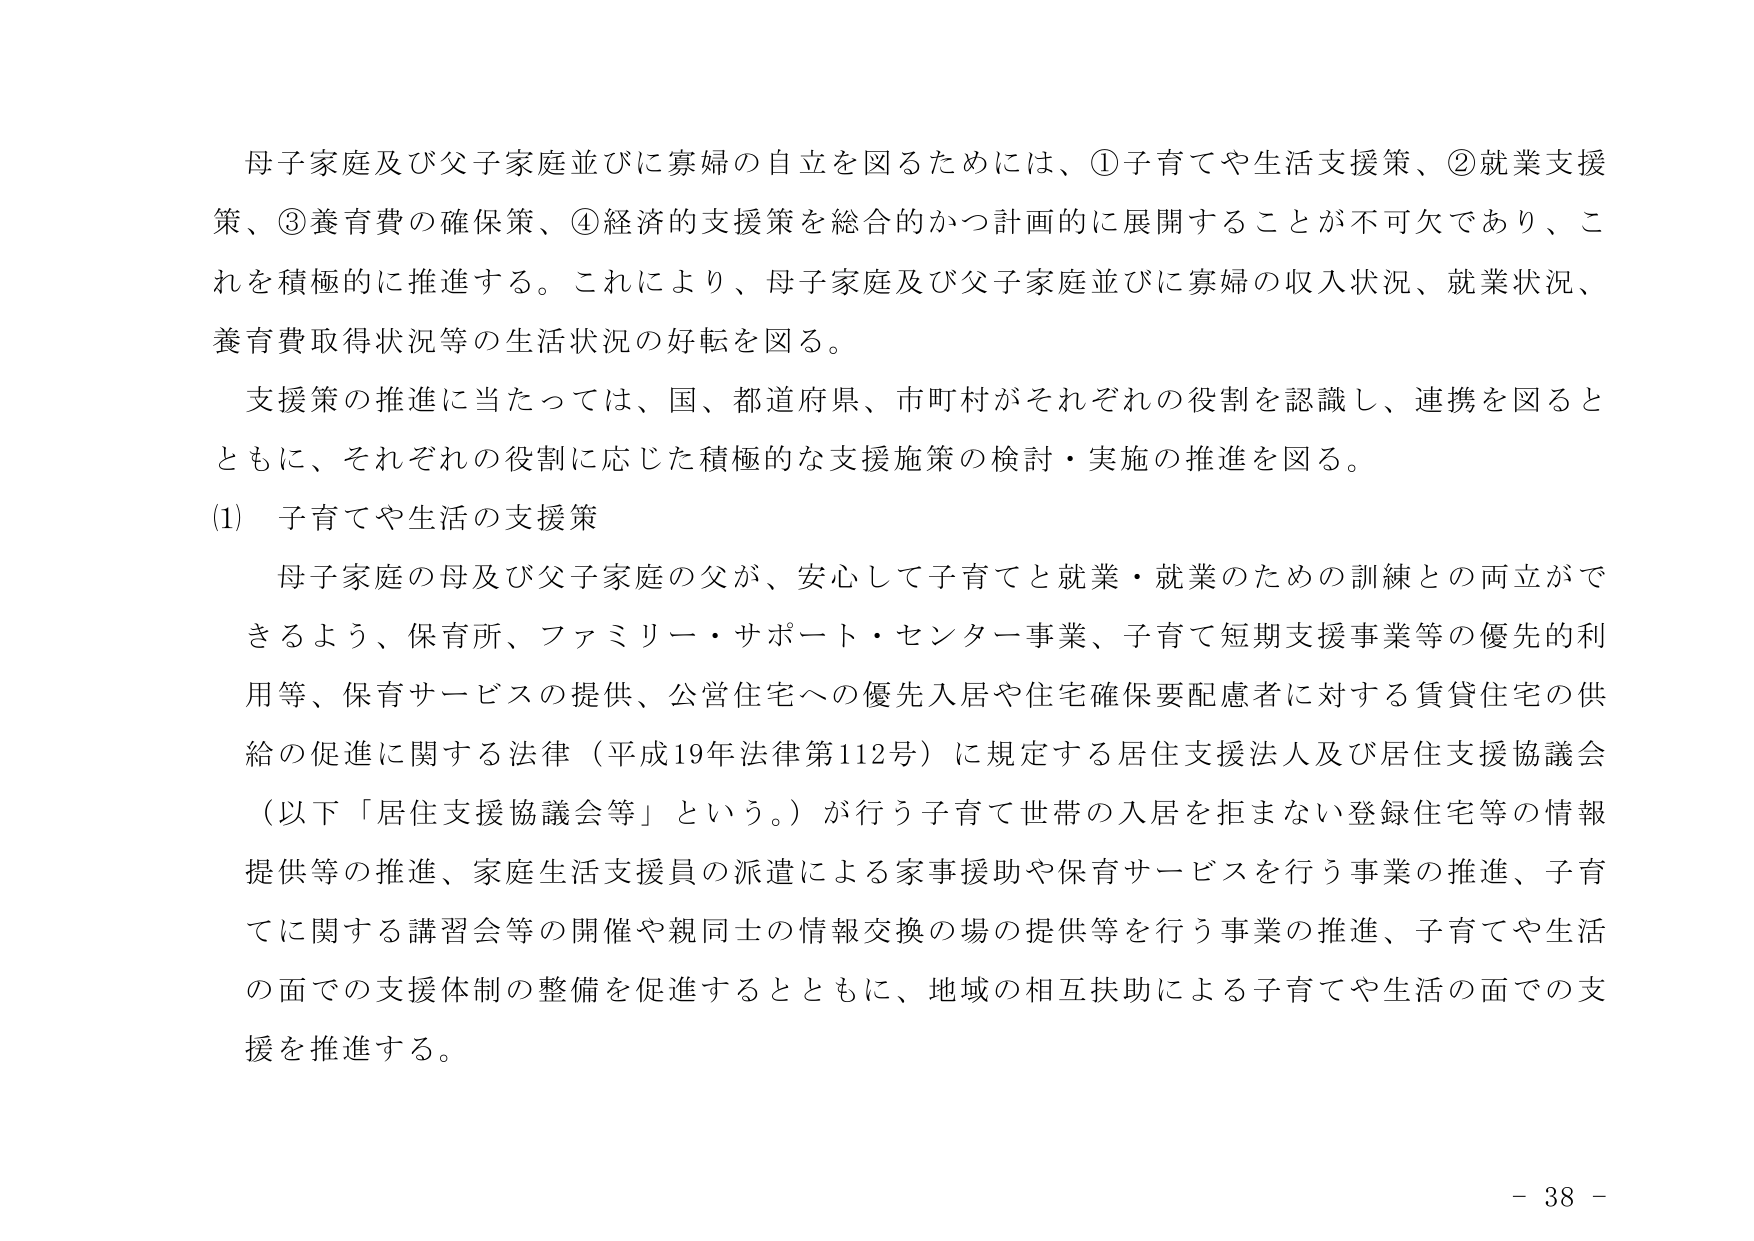
母子家庭及び父子家庭並びに寡婦の自立を図るためには、①子育てや生活支援策、②就業支援策、③養育費の確保策、④経済的支援策を総合的かつ計画的に展開することが不可欠であり、これを積極的に推進する。これにより、母子家庭及び父子家庭並びに寡婦の収入状況、就業状況、養育費取得状況等の生活状況の好転を図る。

支援策の推進に当たっては、国、都道府県、市町村がそれぞれの役割を認識し、連携を図るとともに、それぞれの役割に応じた積極的な支援施策の検討・実施の推進を図る。

(1) 子育てや生活の支援策

母子家庭の母及び父子家庭の父が、安心して子育てと就業・就業のための訓練との両立ができるよう、保育所、ファミリー・サポート・センター事業、子育て短期支援事業等の優先的利用等、保育サービスの提供、公営住宅への優先入居や住宅確保要配慮者に対する賃貸住宅の供給の促進に関する法律（平成19年法律第112号）に規定する居住支援法人及び居住支援協議会（以下「居住支援協議会等」という。）が行う子育て世帯の入居を拒まない登録住宅等の情報提供等の推進、家庭生活支援員の派遣による家事援助や保育サービスを行う事業の推進、子育てに関する講習会等の開催や親同士の情報交換の場の提供等を行う事業の推進、子育てや生活の面での支援体制の整備を促進するとともに、地域の相互扶助による子育てや生活の面での支援を推進する。

- 38 -